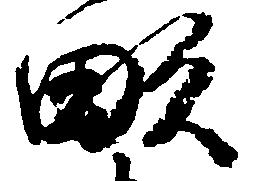
畝